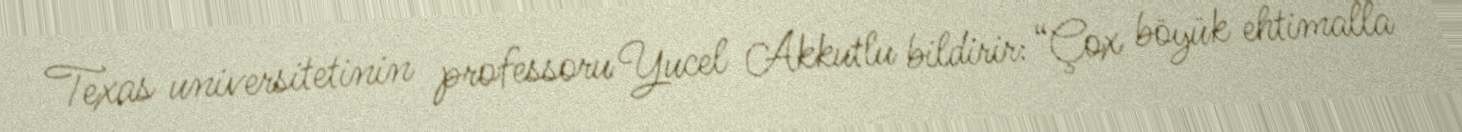
Texas universitetinin professoru Yucel Akkutlu bildirir: “Çox böyük ehtimalla